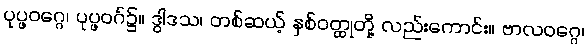
ပုပ္ဖဝဂ္ဂေ၊ ပုပ္ဖဝဂ်၌။ ဒွါဒသ၊ တစ်ဆယ့် နှစ်ဝတ္ထုတို့ လည်းကောင်း။ ဗာလဝဂ္ဂေ၊